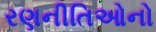
રણનીતિઓનો